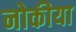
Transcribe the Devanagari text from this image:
नोकीया